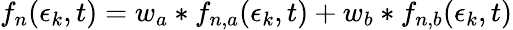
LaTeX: f_{n}(\epsilon_{k},t)=w_{a}*f_{n,a}(\epsilon_{k},t)+w_{b}*f_{n,b}(\epsilon_{k},t)